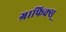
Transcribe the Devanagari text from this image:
ग्राफिक्स्